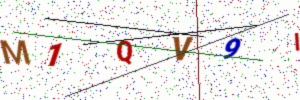
Text: M1QV9I